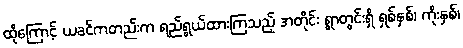
ထိုကြောင့် ယခင်ကတည်းက ရည်ရွယ်ထားကြသည့် အတိုင်း ရွာတွင်းရှိ ရှစ်နှစ်၊ ကိုးနှစ်၊